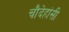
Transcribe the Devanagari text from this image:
चौदेहांसी